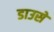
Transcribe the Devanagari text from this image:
डाउसे